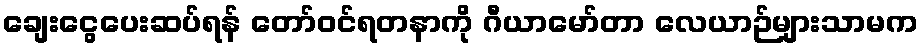
ချေးငွေပေးဆပ်ရန် တော်ဝင်ရတနာကို ဂီယာမော်တာ လေယာဉ်များသာမက